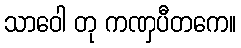
သာဝေါ တု ကဏှပီတကေ။